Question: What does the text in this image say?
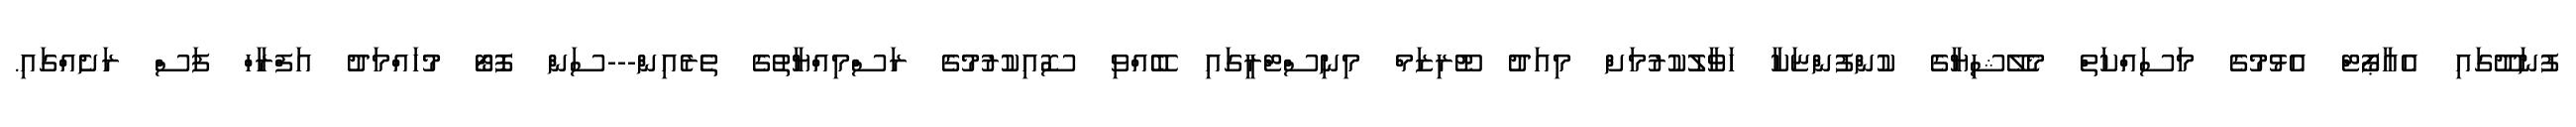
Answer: ފުނަދޫގައި އެއާޕޯޓް އެޅުމުގެ މަސައްކަތް މެލޭޝިޔާގެ ކުންފުންޏަކާ ހަވާލުކުރުމަށް މިއަދު ޓޫރިޒަމް މިނިސްޓްރީގައި ބޭއްވި ސޮއިކުރުމުގެ ރަސްމިއްޔާތުގެ ތެރެއިން---ސަން ފޮޓޯ މުހައްމަދު އަފްރާހް ފަސް ރަށެއްގައި.